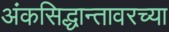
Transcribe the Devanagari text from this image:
अंकसिद्धान्तावरच्या